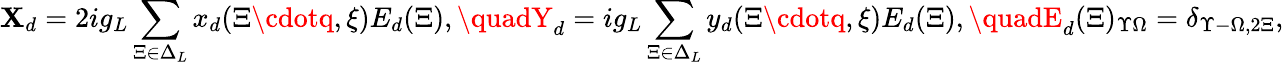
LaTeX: \mathbf{X}_{d}=2ig_{L}\sum_{\Xi\in\Delta_{L}}x_{d}(\Xi\cdotq,\xi)E_{d}(\Xi),\quadY_{d}=ig_{L}\sum_{\Xi\in\Delta_{L}}y_{d}(\Xi\cdotq,\xi)E_{d}(\Xi),\quadE_{d}(\Xi)_{\Upsilon\Omega}=\delta_{\Upsilon-\Omega,2\Xi},